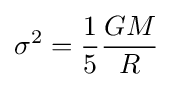
\sigma ^{2}={\frac {1}{5}}{\frac {GM}{R}}